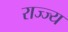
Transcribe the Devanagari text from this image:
राज्ज्य